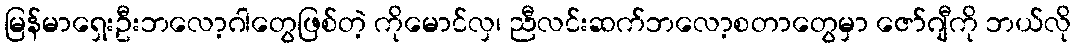
မြန်မာရှေးဦးဘလော့ဂါတွေဖြစ်တဲ့ ကိုမောင်လှ၊ ညီလင်းဆက်ဘလော့စတာတွေမှာ ဇော်ဂျီကို ဘယ်လို